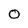
Character: O